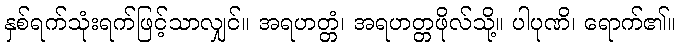
နှစ်ရက်သုံးရက်ဖြင့်သာလျှင်။ အရဟတ္တံ၊ အရဟတ္တဖိုလ်သို့။ ပါပုဏိ၊ ရောက်၏။